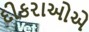
દીકરાઓએ